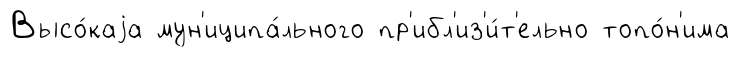
Высо́каjа мун'иципа́льного пр'ибл'из'и́т'ельно топо́н'има